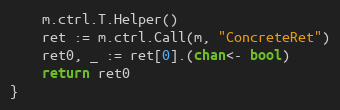
Language: Go
	m.ctrl.T.Helper()
	ret := m.ctrl.Call(m, "ConcreteRet")
	ret0, _ := ret[0].(chan<- bool)
	return ret0
}